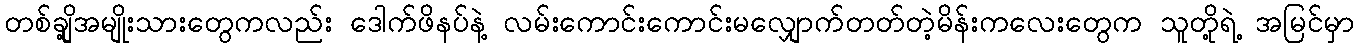
တစ်ချို့အမျိုးသားတွေကလည်း ဒေါက်ဖိနပ်နဲ့ လမ်းကောင်းကောင်းမလျှောက်တတ်တဲ့မိန်းကလေးတွေက သူတို့ရဲ့ အမြင်မှာ